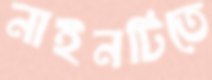
নাইনটিতে